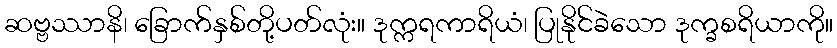
ဆဗ္ဗဿာနိ၊ ခြောက်နှစ်တို့ပတ်လုံး။ ဒုက္ကရကာရိယံ၊ ပြုနိုင်ခဲသော ဒုက္ခစရိယာကို။